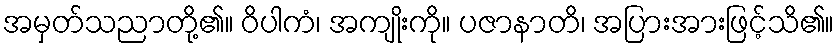
အမှတ်သညာတို့၏။ ဝိပါကံ၊ အကျိုးကို။ ပဇာနာတိ၊ အပြားအားဖြင့်သိ၏။